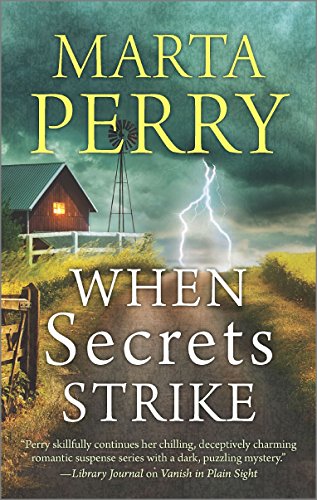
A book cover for When Secrets Strike; Marta Perry; Mystery, Thriller & Suspense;